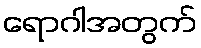
ရောဂါအတွက်